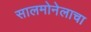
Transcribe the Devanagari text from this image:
सालमोनेलाचा